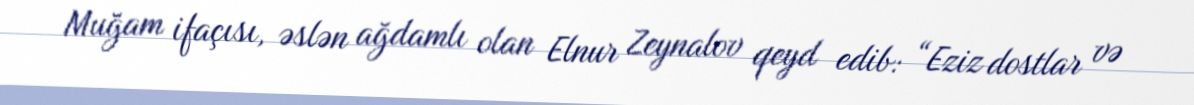
Muğam ifaçısı, əslən ağdamlı olan Elnur Zeynalov qeyd edib: “Eziz dostlar və